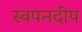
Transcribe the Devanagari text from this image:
स्वपनदीप